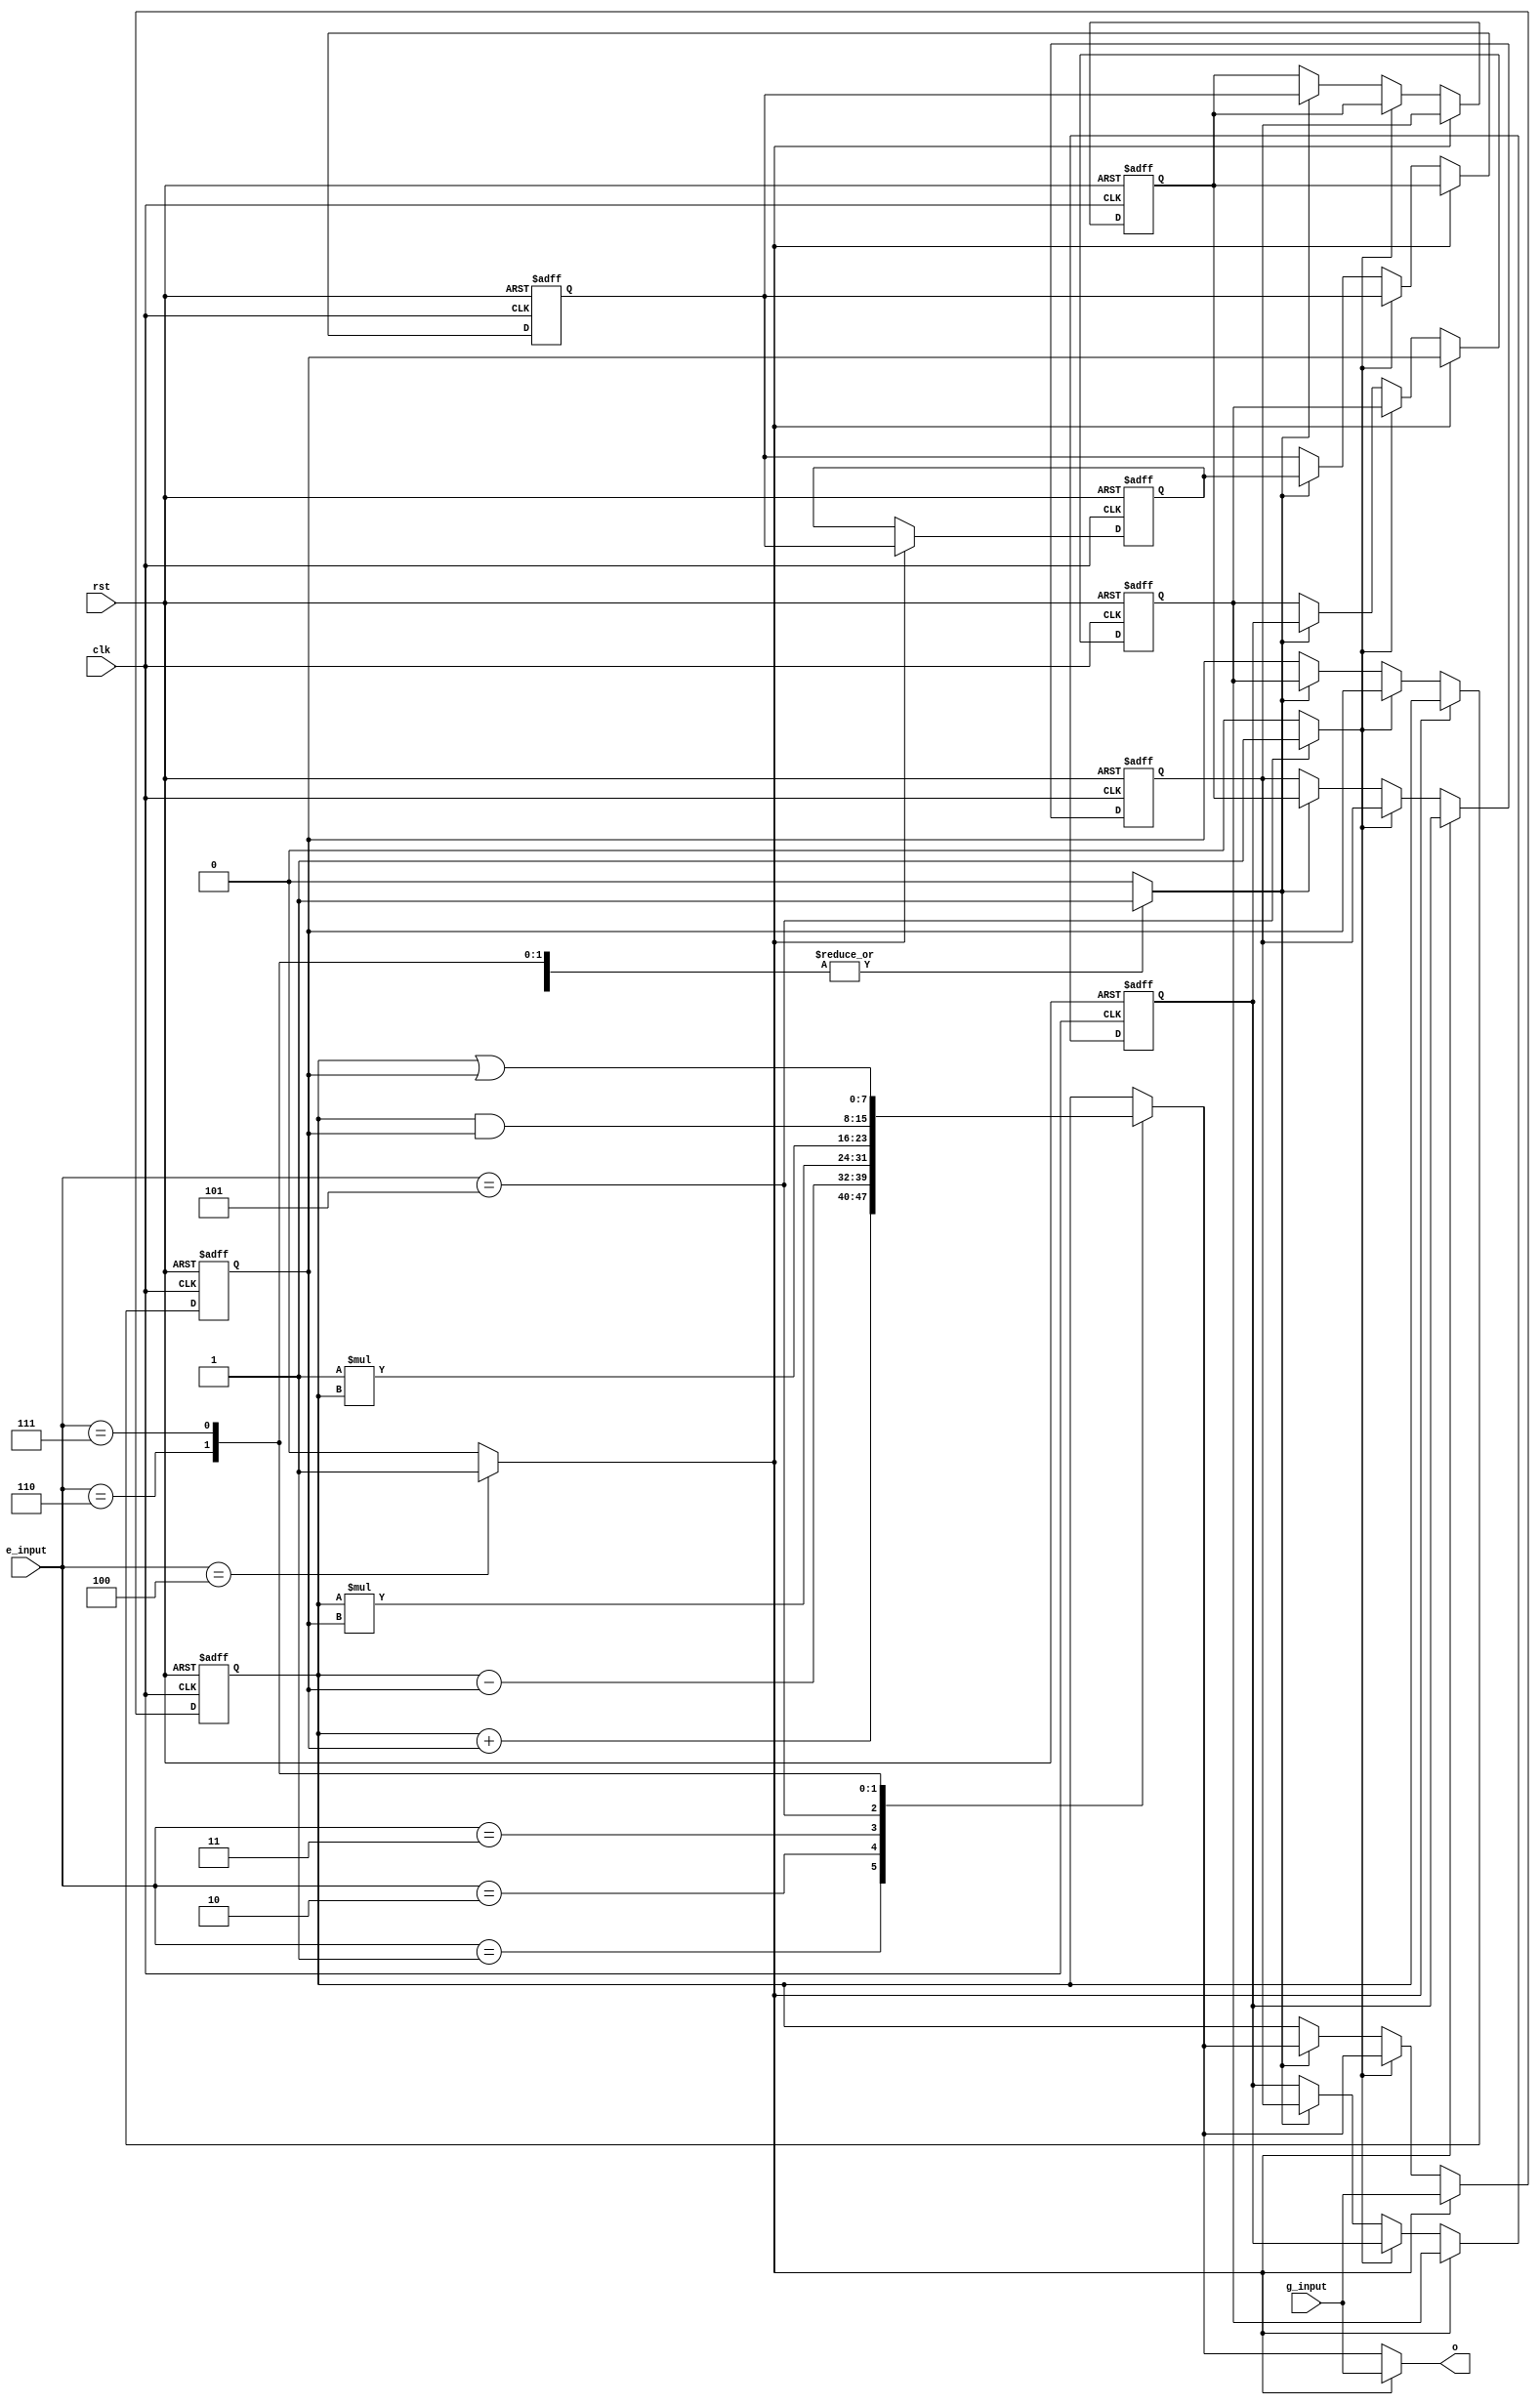
module stackMachine
#(
	parameter N=8, //bits
	parameter S=8 //stack size
)
(
	clk,
	rst,
	g_input,
	e_input,
	o
);
	input						          clk;
	input						          rst;
	input signed		  [N-1:0]	g_input;
	input				      [2:0] 	e_input;
	output reg signed	[N-1:0]	o;

	reg signed			[N-1:0]	alu;
	reg signed			[N-1:0]	stack[S-1:0];
	reg 						push;
	reg 						op1;
	reg 						op2;
	
	integer j;
	
	always@(*)
	begin
		push <= 0;
		op1 <= 0;
		op2 <= 0;
		alu <= stack[0];
		case(e_input)
		3'd0://nop
		begin
		 	alu <= stack[0];
		end
		3'd1://add
		begin
		 	alu <= stack[0] + stack[1];
		 	op2 <= 1'b1;		
		end
		3'd2://sub
		begin
		 	alu <= stack[0] - stack[1];	
		 	op2 <= 1'b1;
		end
		3'd3://mult
		begin
		 	alu <= stack[0] * stack[1];
		 	op2 <= 1'b1; 	
		end
		3'd4://push
		begin
		 	push <= 1;
		end
		3'd5://neg
		begin
		 	alu <= -1 * stack[0];
		 	op1 <= 1'b1; 
		end
		3'd6://and
		begin
		 	alu <= stack[0] & stack[1];
		 	op2 <= 1'b1; 
		end
		3'd7://or
		begin
		 	alu <= stack[0] | stack[1];
		 	op2 <= 1'b1; 
		end
		3'd8://xor
		begin
		 	alu <= stack[0] ^ stack[1];
		 	op2 <= 1'b1; 
		end
		endcase
	end


	always @(*) 
	begin
		if(push)
		begin
			o <= g_input; 
		end
		else
		begin
			o <= alu; 
		end
	end

	always@(posedge clk or posedge rst)
	begin
		if(rst)
		begin
			for(j=0;j<S;j=j+1)
			begin
				stack[j] <= 0;
			end
		end
		else
		begin
			if(push)
			begin
				stack[0] <= g_input; 
				for(j=1;j<S;j=j+1)
				begin
					stack[j] <= stack[j-1];
				end
			end
			else if(op1)
			begin
				stack[0] <= alu; 
			end
			else if(op2)
			begin
				stack[0] <= alu; 
				for(j=1;j<S-1;j=j+1)
				begin
					stack[j] <= stack[j+1];
				end
			end
		end
	end
	
endmodule